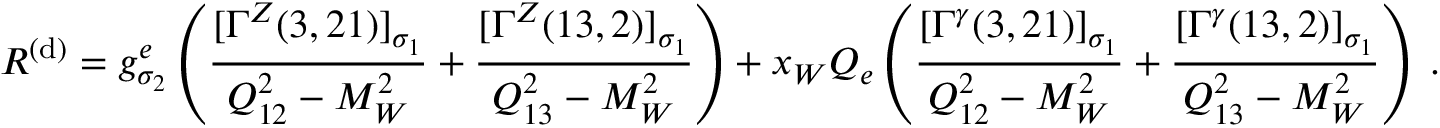
{ \cal R } ^ { ( \mathrm { d } ) } = g _ { \sigma _ { 2 } } ^ { e } \left( \frac { [ \Gamma ^ { Z } ( 3 , 2 1 ) ] _ { \sigma _ { 1 } } } { Q _ { 1 2 } ^ { 2 } - M _ { W } ^ { 2 } } + \frac { [ \Gamma ^ { Z } ( 1 3 , 2 ) ] _ { \sigma _ { 1 } } } { Q _ { 1 3 } ^ { 2 } - M _ { W } ^ { 2 } } \right) + x _ { W } Q _ { e } \left( \frac { [ \Gamma ^ { \gamma } ( 3 , 2 1 ) ] _ { \sigma _ { 1 } } } { Q _ { 1 2 } ^ { 2 } - M _ { W } ^ { 2 } } + \frac { [ \Gamma ^ { \gamma } ( 1 3 , 2 ) ] _ { \sigma _ { 1 } } } { Q _ { 1 3 } ^ { 2 } - M _ { W } ^ { 2 } } \right) \; .